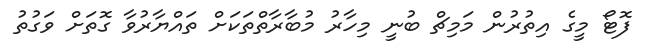
ފޮޓޯ މީގެ އިތުރުން މަމިޗް ބުނީ މިހާރު މުބާރާތްތަކަށް ތައްޔާރުވާ ގޮތަށް ވަގުތު